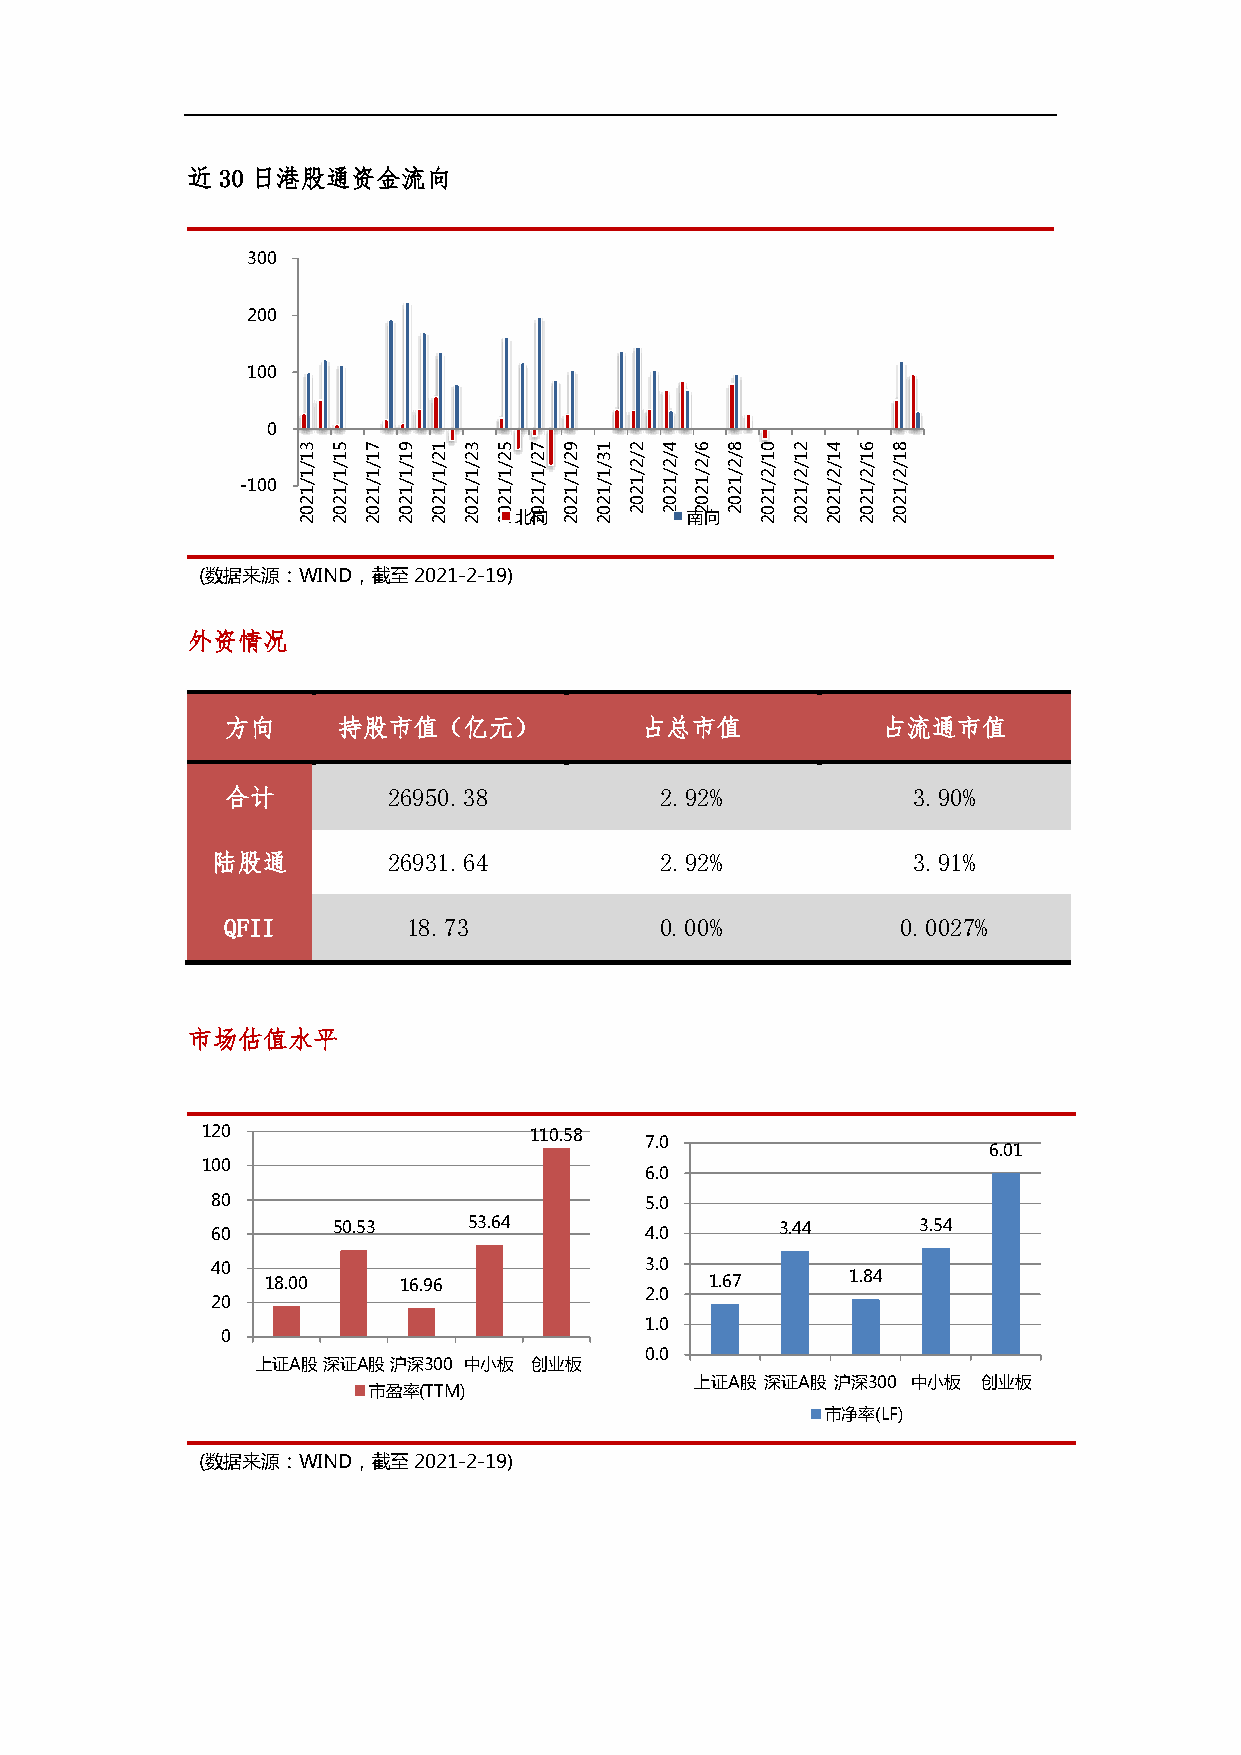
近 30 日港股通资金流向
 300
 200
 100
 0
 3 5 7 9  1 3 5 7 9  1 2 4 6 8 0  2 4 6 8
 1 1 1 1  2 2 2 2 2  3 / / / / 1  1 1 1 1
 / / / /  / / / / /  / 2 2 2 2 /  / / / /
 1 1 1 1  1 1 1 1 1  1 / / / / 2  2 2 2 2
 -100 / 1 / 1 / 1 / 1 / 1 / 1 / 1 / 1 / 1 / 1 1 2 1 2 1 2 1 2 / 1 / 1 / 1 / 1 / 1
 2 2 2 2  2 2 2 2 2  2 0 0 0 0 2  2 2 2 2
 0 0 0 0  0 0 0 0 0  0 2 2 2 2 0  0 0 0 0
 2 2 2 2  2 2 2北2向 2 2    南向   2  2 2 2 2
 (数据来源：WIND，截至2021-2-19)
 外资情况
 方向     持股市值（亿元）            占总市值            占流通市值
 合计         26950.38          2.92%           3.90%
 陆股通         26931.64          2.92%           3.91%
 QFII        18.73            0.00%           0.0027%
 市场估值水平
 120                   110.58
 7.0
 6.01
 100
 6.0
 80                           5.0
 60      50.53    53.64       4.0      3.44     3.54
 40                           3.0
 18.00   16.96                1.67     1.84
 2.0
 20
 1.0
 0
 0.0
 上证A股深证A股沪深300 中小板 创业板
 上证A股 深证A股 沪深300 中小板 创业板
 市盈率(TTM)
 市净率(LF)
 (数据来源：WIND，截至2021-2-19)